system: You are a helpful assistant.
user:
Analyze the provided spectrum to determine if it is a **"Cataclysmic Variables (CV)"**.

- **Key Indicators for CV (Check for either state):**
    - **State 1: Quiescent / Low-State (Emission-Dominated)**
        - **(Primary):** Strong and *very broad* Hydrogen Balmer emission lines (e.g., $H\alpha$ at 6563 Å, $H\beta$ at 4861 Å). The 'broadness' (high velocity dispersion, often FWHM > 1000 km/s) is the key diagnostic, indicating a high-velocity accretion disk.
        - **(Secondary):** Broad neutral Helium (He I) emission lines (e.g., 5876 Å, 6678 Å).
        - **(Key Confirmation):** Presence of high-excitation *ionized* Helium (He II) emission at 4686 Å. This is a strong indicator of accretion onto a white dwarf.
        - **(Line Profile):** Emission lines may exhibit a 'double-peaked' profile, which is a classic signature of a rotating accretion disk viewed at high inclination.

    - **State 2: Outburst / High-State (Absorption-Dominated)**
        - **(Primary):** Spectrum is dominated by a bright, blue continuum (looks like a hot star).
        - **(Secondary):** The emission lines from State 1 are weak, absent, or 'filled in', and are replaced by broad, shallow *absorption* lines (primarily Balmer and He I).
        - **(Morphology):** The overall spectrum mimics a hot B/A-type star. The crucial difference is that the absorption lines are significantly broader, shallower, and more 'washed-out' (or 'smeared') than the sharp lines of a normal stellar photosphere, due to high rotational speeds and pressure broadening in the disk.

Think first, call **spectral_visualization_tool** if needed to examine features in detail, then provide your final answer. Your response must adhere to the following strict rules:
1.  **Overall Structure:** Your response must follow the format `<think>...</think> <tool_call>...</tool_call> (if a tool is used) <answer>...</answer>`.
2.  **Tool Usage Constraint:** You may only make **one** tool call per turn.
3.  **Final Answer Format:** In the `<answer>` tag, your conclusion must be inside a `\boxed{}` command (e.g., `\boxed{YES}`), followed by your justification.

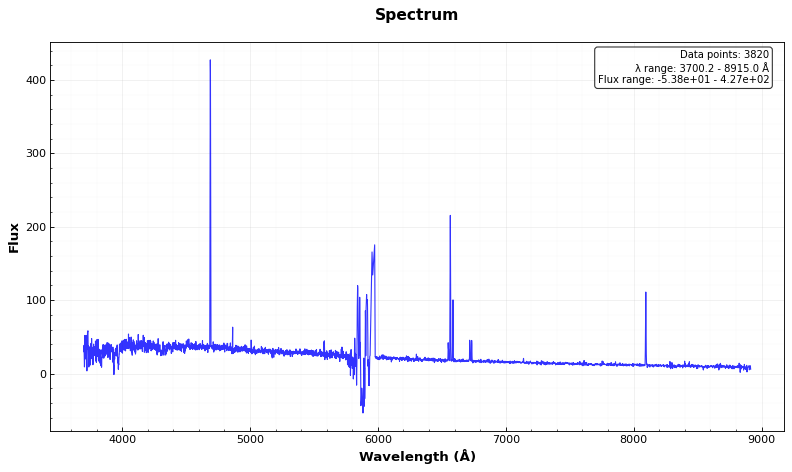
Answer: NO